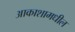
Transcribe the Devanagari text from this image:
आकाशामधील